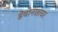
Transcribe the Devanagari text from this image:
डेबोनशायर